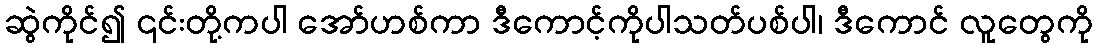
ဆွဲကိုင်၍ ၎င်းတို့ကပါ အော်ဟစ်ကာ ဒီကောင့်ကိုပါသတ်ပစ်ပါ၊ ဒီကောင် လူတွေကို